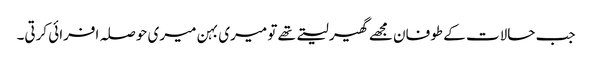
جب حالات کے طوفان مجھے گھیر لیتے تھے تو میری بہن میری حوصلہ افرائی کرتی۔